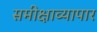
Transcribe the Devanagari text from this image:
समीक्षाव्यापार